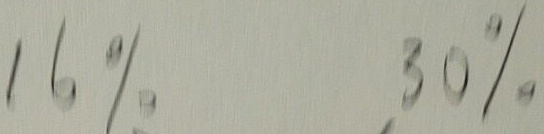
1 6 \% 3 0 \%